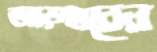
আড়ম্বরের